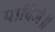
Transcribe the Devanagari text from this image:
पाविजे॥